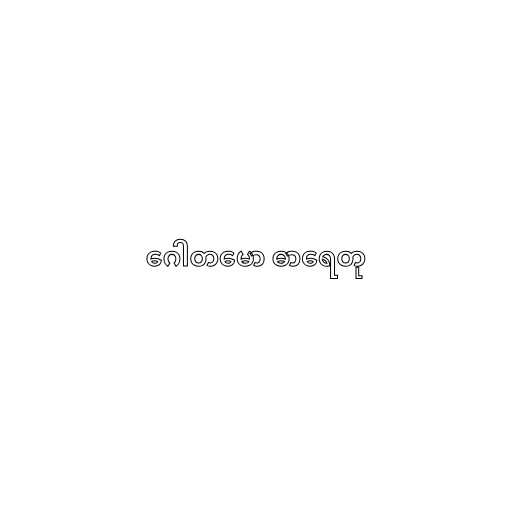
ဂေါတမော ဓာရေတု